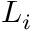
\boldsymbol { L } _ { i }